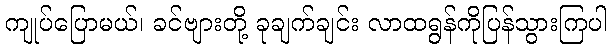
ကျုပ်ပြောမယ်၊ ခင်ဗျားတို့ ခုချက်ချင်း လာထရွန်ကိုပြန်သွားကြပါ